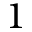
1